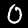
Label: 0